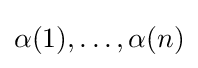
\alpha (1),\ldots ,\alpha (n)